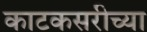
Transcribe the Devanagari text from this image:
काटकसरीच्या